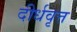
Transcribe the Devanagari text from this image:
दीर्धवृत्त